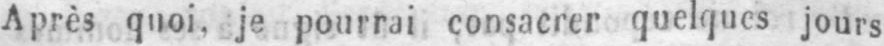
Après quoi, je pourrai consacrer quelques jours